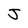
Character: J